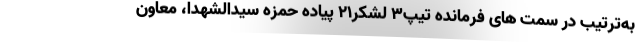
به‌ترتیب در سِمت های فرمانده تیپ‌۳ لشکر۲۱ پیاده‌ حمزه سیدالشهدا، معاون